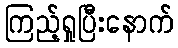
ကြည့်ရှုပြီးနောက်